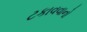
ટકાવવાનો